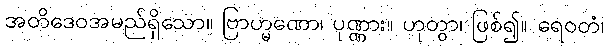
အတိဒေဝအမည်ရှိသော။ ဗြာဟ္မဏော၊ ပုဏ္ဏား။ ဟုတွာ၊ ဖြစ်၍။ ရေဝတံ၊